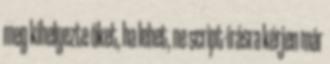
meg kihelyezte őket, ha lehet, ne script-írásra kérjen már